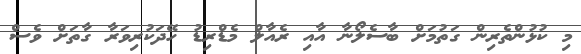
މި ކުޅުންތެރިން ގަތުމަށް ބާސެލޯނާ އާއި ރެއާލް މެޑްރިޑު ހޭދަކުރިވަރާ ގާތަށް ވެސް